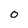
Character: O